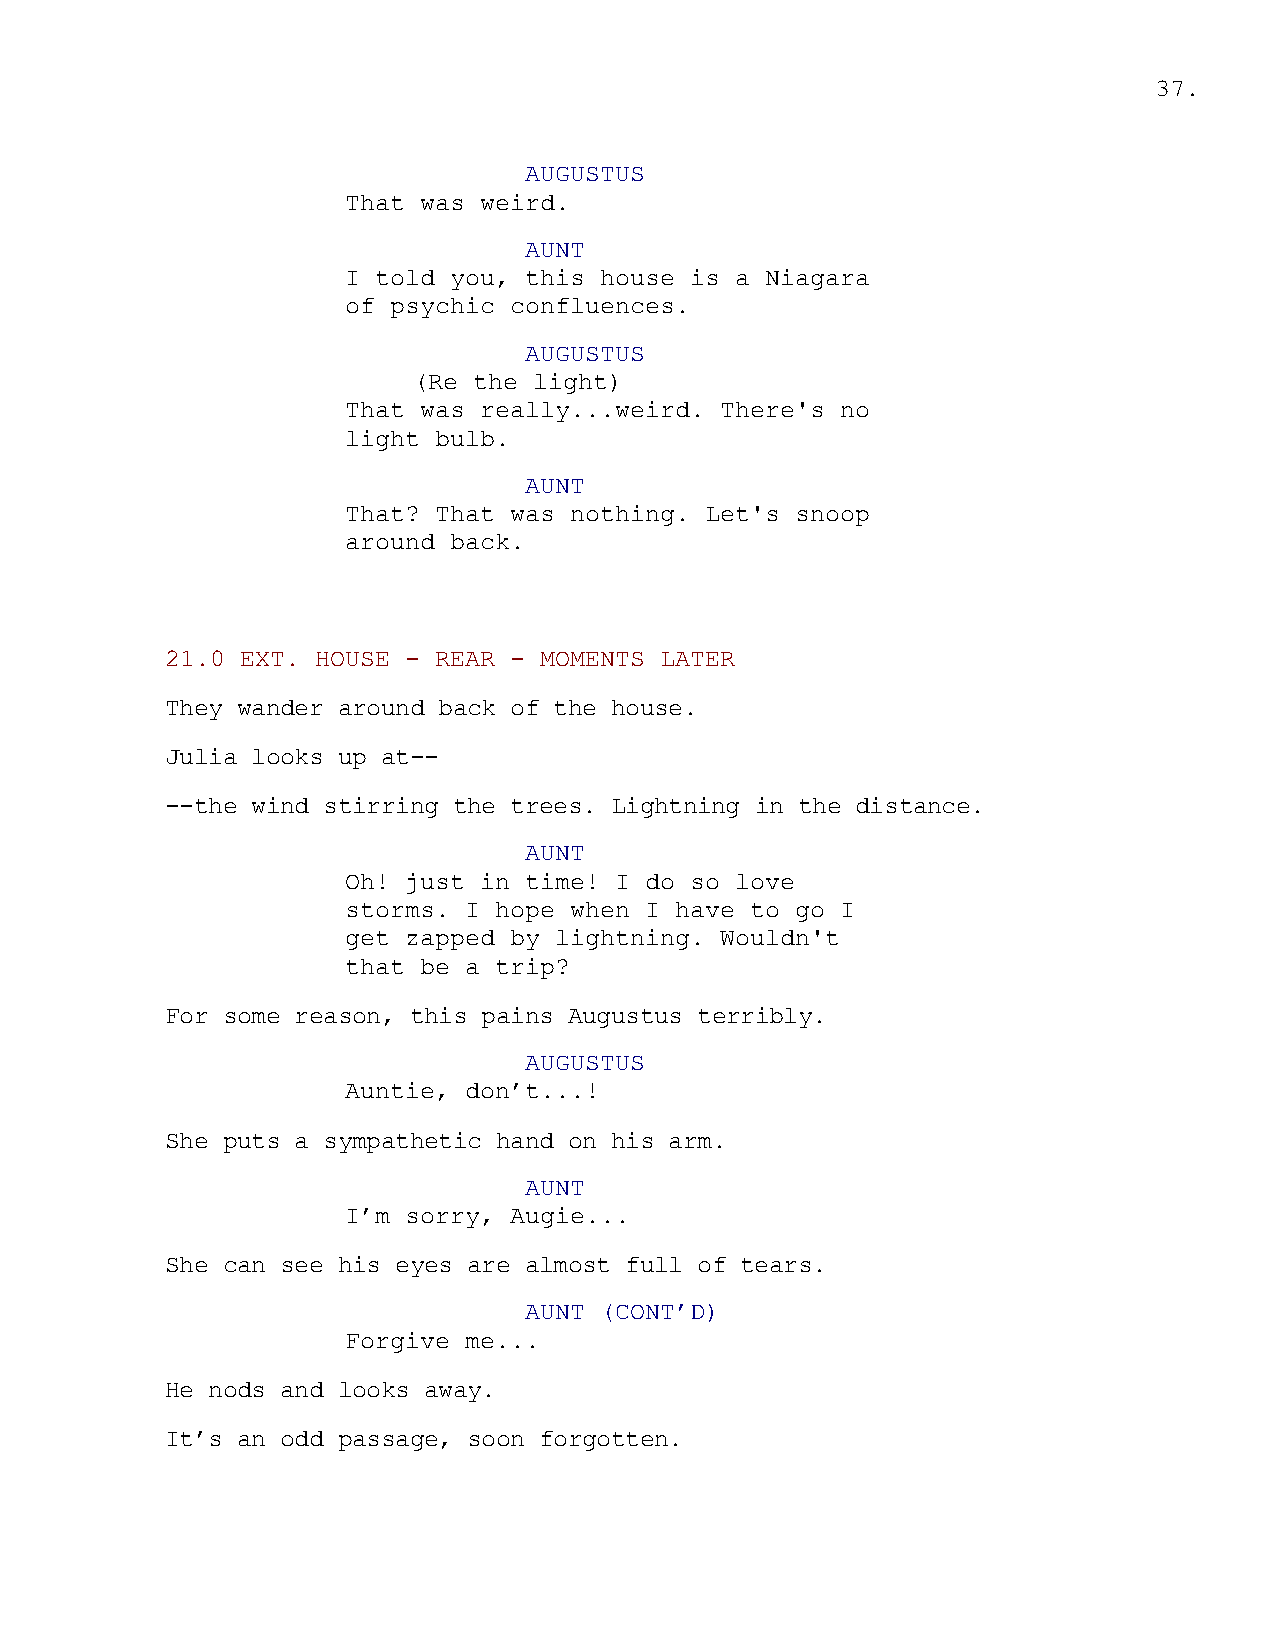
37.
 AUGUSTUS
 That was weird.
 AUNT
 I told you, this house is a Niagara
 of psychic confluences.
 AUGUSTUS
 (Re the light)
 That was really...weird. There's no
 light bulb.
 AUNT
 That? That was nothing. Let's snoop
 around back.
 21.0 EXT. HOUSE - REAR - MOMENTS LATER
 They wander around back of the house.
 Julia looks up at--
 --the wind stirring the trees. Lightning in the distance.
 AUNT
 Oh! just in time! I do so love
 storms. I hope when I have to go I
 get zapped by lightning. Wouldn't
 that be a trip?
 For some reason, this pains Augustus terribly.
 AUGUSTUS
 Auntie, don’t...!
 She puts a sympathetic hand on his arm.
 AUNT
 I’m sorry, Augie...
 She can see his eyes are almost full of tears.
 AUNT (CONT’D)
 Forgive me...
 He nods and looks away.
 It’s an odd passage, soon forgotten.